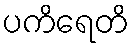
ပကိရေတိ